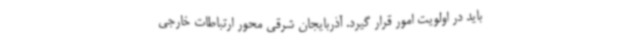
باید در اولویت امور قرار گیرد. آذربایجان شرقی محور ارتباطات خارجی